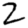
Digit: 2